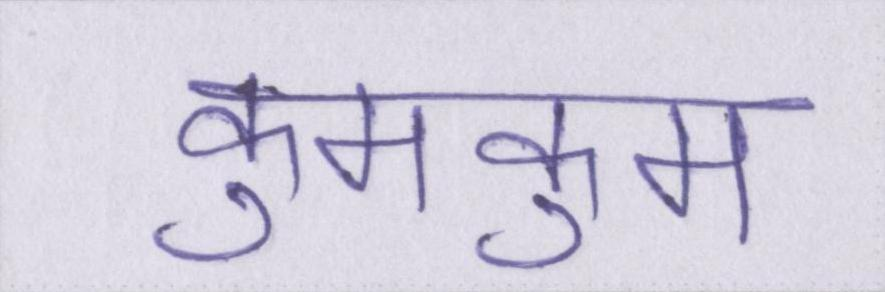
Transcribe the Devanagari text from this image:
कुमकुम